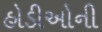
હોડીઓની